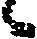
々